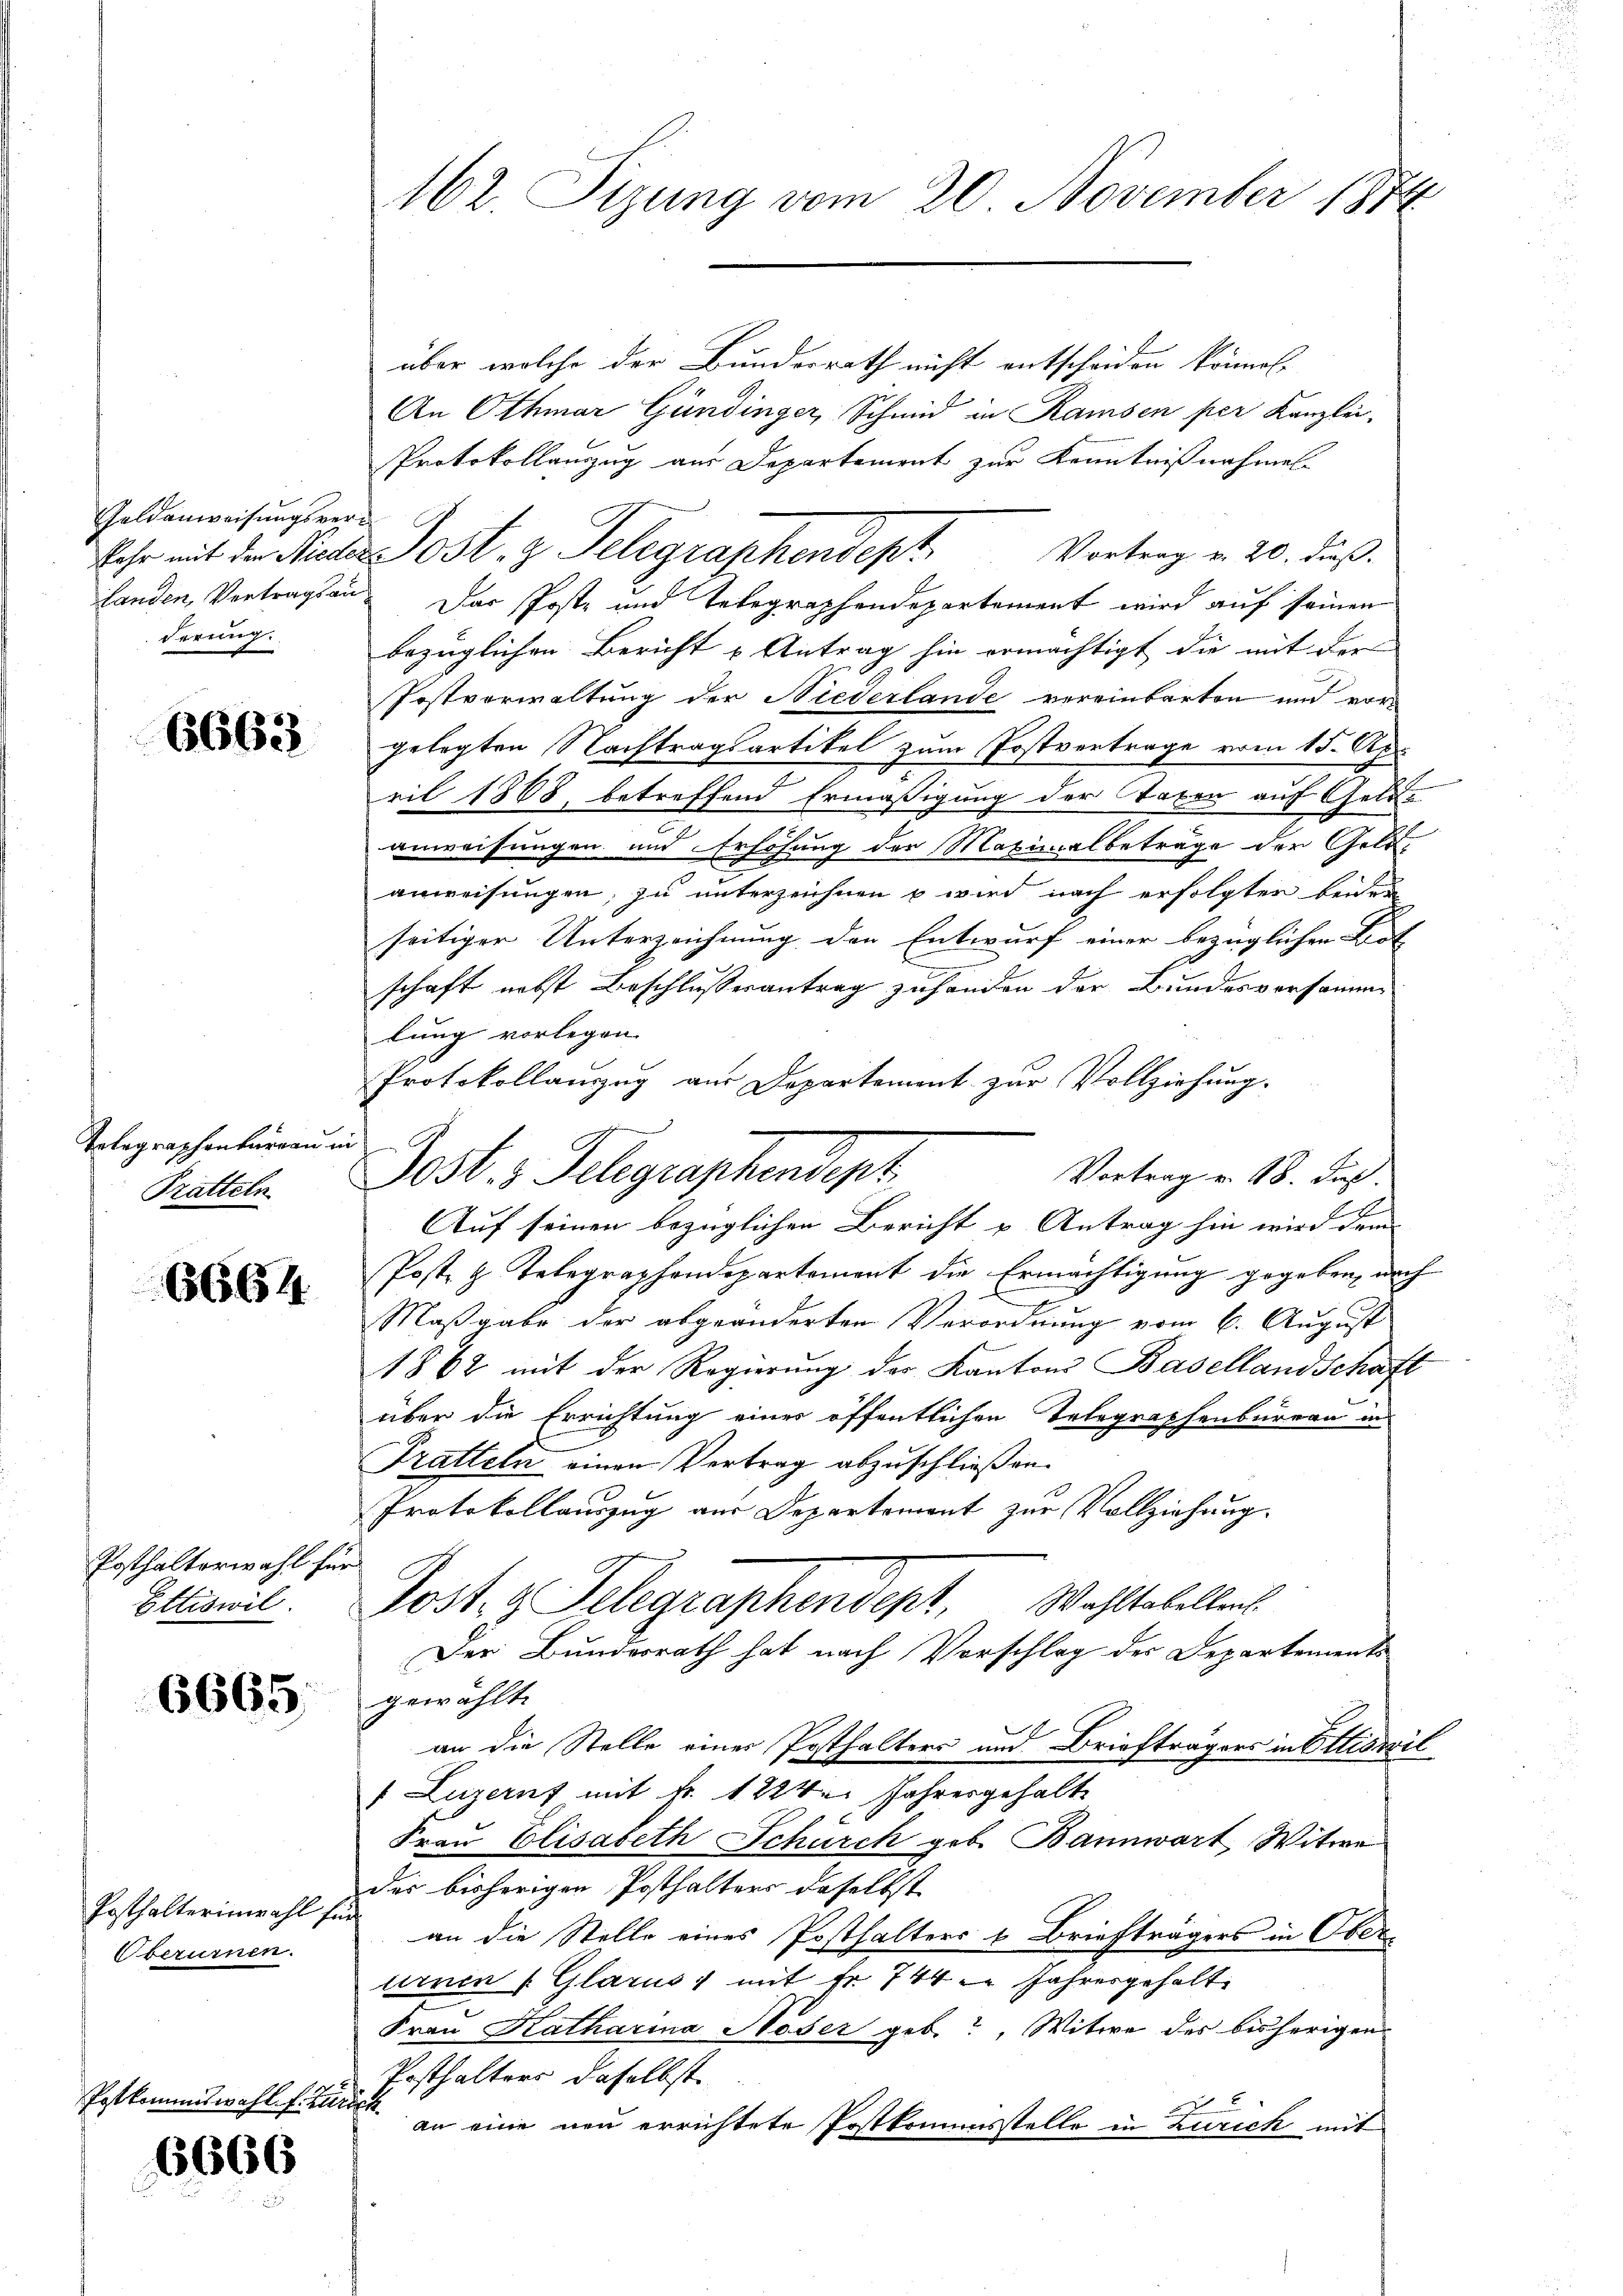
Geldenweisungsverderung.

Postkan

6663

Telegraphenbureau u
Tratteln

6664

Posthalterwahl für
Ettiswil.

6665;

Posthalterinwahl für
Oberurnen.

Zwafl. f. Zu

6666

162. Sizung vom 20. November 1874

über welche der Bundesrath nicht entscheiden können.
An Othmar Gündinger, Schmid in Ramsen per Kanzlei-
Protokollanzug aus Departement zur Kenntnißnahmen
Vortrag u. 20. dieß.
landen, Vertragsan. Das Poste und Telegraphendepartement wird auf seinen
bezüglichen Bericht u Antrag hin ermächtigt die mit der
Postverwaltung der Niederlande vereinbarten und vorgelegten Nachtragsartikel zum Postvertrage vom 15. Apr
ril 1868, betreffend Ermäßigung der Taxen auf Geld
anweisungen und Erhöhung der Maximalbeträge der Geldanweisungen, zu unterzeichnen u wird nach erfolgten beide
seitiger Unterzeichnung den Entwurf einer bezüglichen Bot
schaft nebst Beschlußesantrag zu handen der Bundesversamme
lung vorlegen.
Protokollauzug aus Departement zur Vollziehung.
in
Vortrag v. 18. daß
Auf seinen bezüglichen Bericht u. Antrag hin wird dem
Post- & Telegraphendepartement die Ermächtigung gegeben, nach
Maßgabe der abgeänderten Verordnung vom 6. August
1862 mit der Regierung des Kantons Basellandschaft
über die Errichtung einer öffentlichen Telegraphenbureau in
Tratteln einen Vertrag abzuschließen.
Protokollauszug aus Departement zur Vollziehung.
Post. g. Telegraphendent. Wahltabellen
Der Bundesrath hat nach Vorschlag des Departements
gewählt.
an die Stelle einer Posthalters und Briefträgers in Ettiswil
f Luzern mit Fr. 1224. Jahresgehalte
Frau Elisabeth Schürch geb. Bannwart Witwe
des bisherigen Posthalters daselbst
an die Stelle eines Posthalters & Briefträgers in Oberurnen (Glarus, mit Fr. 744 u. Jahresgehalte
Frau Katharina Höser geb., Witwe des bisherigen
Posthalters daselbst.
t
an eine neu errichtete Postkommisstelle in Zürich mit

Jost 3 Telegraphendent.

kehr mit der Nieder Post. z. Telegraphendept,